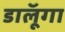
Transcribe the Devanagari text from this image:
डालूॅगा